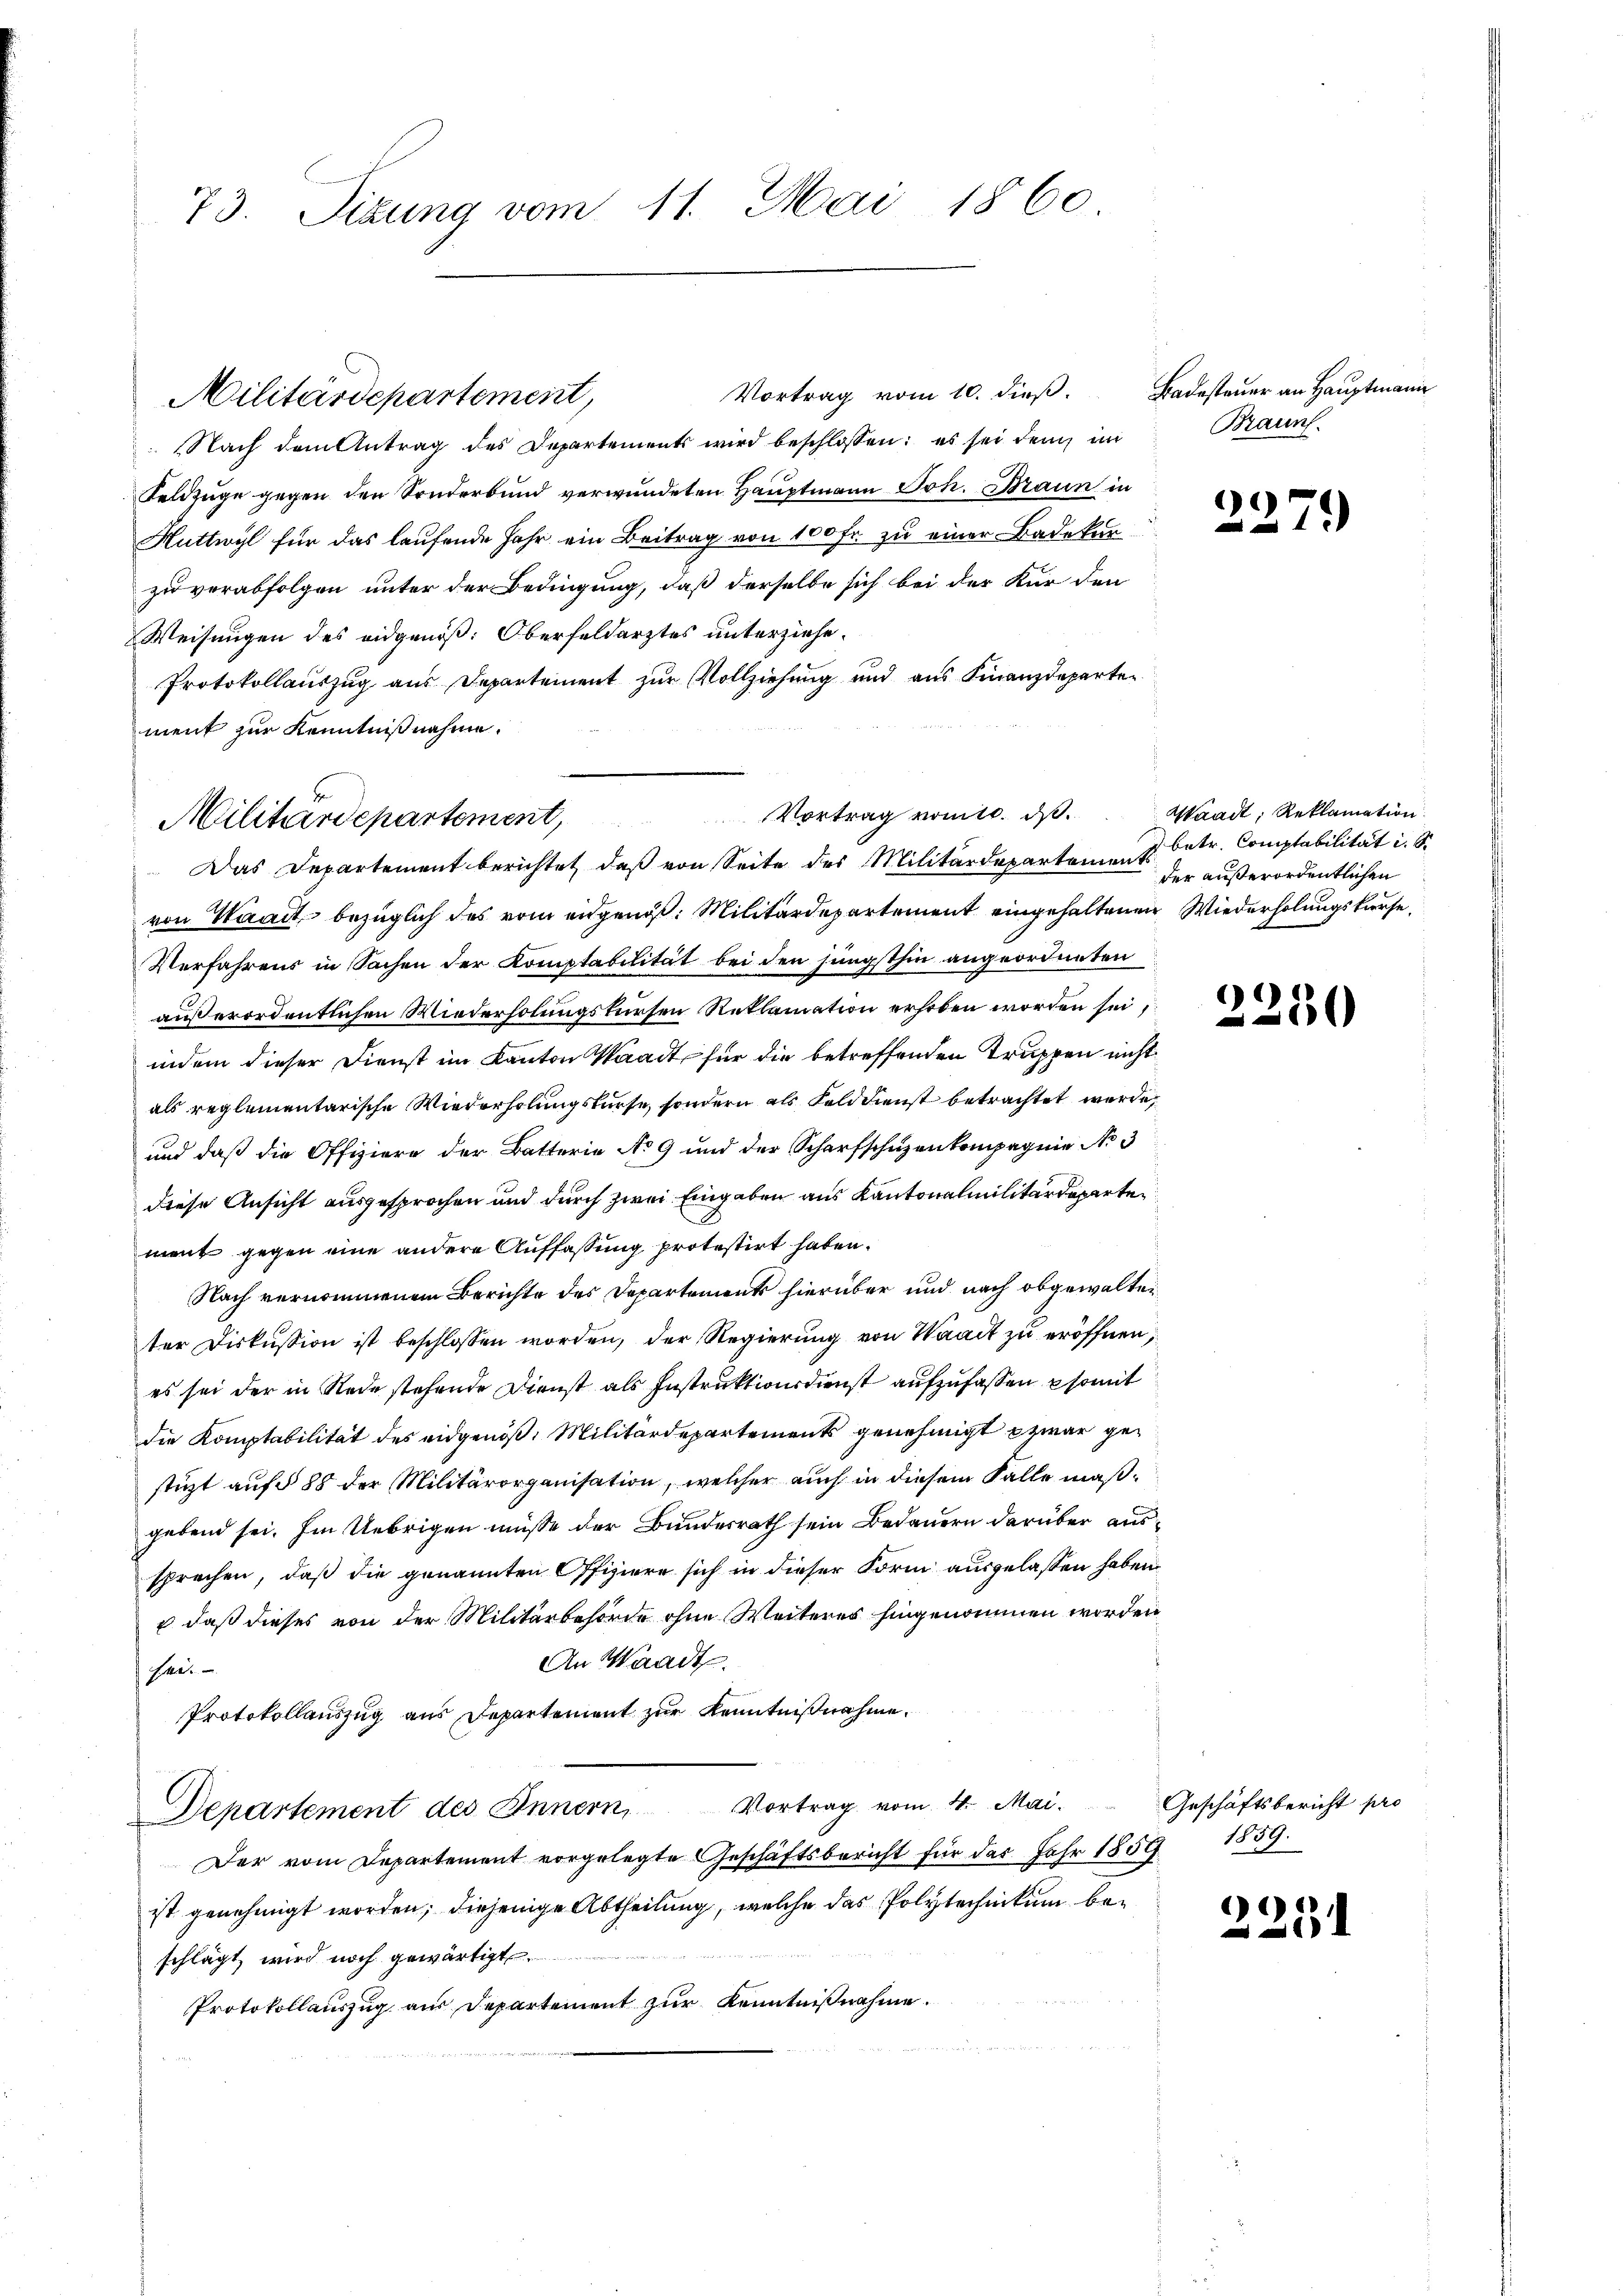
73. Sizung vom 11. Mai 1860.

Vortrag vom 10. dieß.
Militärdepartement,
 Nach dem Antrag des Departements wird beschlossen: es sei dem im
Feldzüge gegen den Sonderbund verwundeten Hauptmann Joh. Braun in
Huttwyl für das laufende Jahr ein Beitrag von 100 Fr. zu einer Badekurzu verabfolgen unter der Bedingung, daß derselbe sich bei der Kür den
Weisungen des eidgenöß: Oberfeldarztes unterziehe.
Protokollauszug aus Departement zur Vollziehung und aus Finanzdepartement zur Kenntnißnahme.
Das Departement berichtet, daß von Seite des Militärdepartement
von Waadt, bezüglich des vom eidgenoß: Militärdepartement eingehaltenen Wiederholungskurse
Verfahrens in Sachen der Komptabilität bei den jüngsthin angeordneten
außerordentlichen Wiederholungskursen Reklamation erhoben worden sei,
indem dieser Dienst im Kanton Waadt, für die betreffenden Truppen nicht
als reglementarische Wiederholungskurse, sondern als Felddienst betrachtet werde,
und daß die Offiziere der Batterie No 9 und der Scharfschuzenkompagnie No 3
diese Ansicht ausgesprochen und durch zwei Eingaben aus Kantonalmilitärdeparten
ment gegen eine andere Auffassung protestirt haben.
Nach vernommenem Berichte des Departement hierüber und nach obgewalten
ter Diskussion ist beschlossen worden, der Regierung von Waadt zu eröffnen,
es sei der in Rede stehende Dienst als Instruktionsdienst aufzufassen somit
die Komptabilität des eidgenöß, Militärdepartements genehmigt zwar gestüzt auf § 88 der Militärorganisation, welcher auch in diesem Falle maßgebend sei. Im Uebrigen müsse der Bundesrath sein Bedauern darüber aussprechen, daß die genannten Offiziere sich in dieser Form ausgelassen haben.
 daß dieses von der Militärbehörde ohne Weiteres hingenommen worden
An Waadt.
Se
Protokollauszug aus Departement zur Kenntnißnahme.
Departement des Innern, Vortrag vom 4. Mai. Geschäftsbericht pro
Der vom Departement vorgelegte Geschäftsbericht für der Jahr 1859.
ist genehmigt worden; diejenige Abtheilung, welche das Polytechnikum beschlägt, wird noch gewärtigt.
Protokollauszug aus Departement zur Kenntnißnahme.

Militärdepartement,

Vortrag vomte. ds.

Badesteuer an Hauptmann
Brauns.

)
e

)

Waadt, Reklamation
batr. Comptabilität i. S.
der außerordentlichen

2250

1859.

)
23